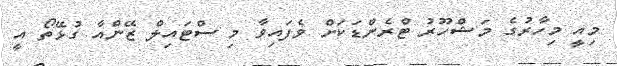
މިއީ މިހާރުގެ މަޝްހޫރު ޓްރެންޑަކަށް ވެފައިވާ މި ސްޓައިލް ޒޭންއާ ގުޅޭތޯ އީ